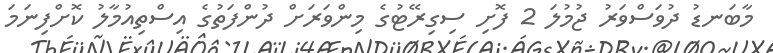
މާބަނޑު ދުވަސްވަރު ޖުމުލަ 2 ފޮށި ސިގިރޭޓުގެ މިންވަރަށް ދުންފަތުގެ އިސްތިއުމާލު ކޮށްފިނަމަ